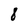
Character: 8